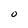
Character: O